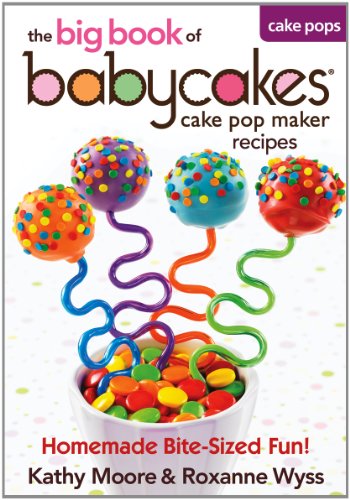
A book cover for The Big Book of Babycakes Cake Pop Maker Recipes: Homemade Bite-Sized Fun!; Kathy Moore; Cookbooks, Food & Wine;